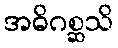
အဓိဂစ္ဆသိ